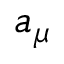
a _ { \mu }